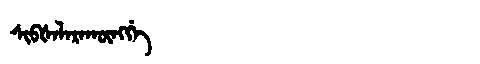
Manchu: ᠰᡳᠪᡧᠠᠯᠠᡵᠠᡴᡡᠩᡤᡝ
Romanization: SIBŠALARAKŪNGGE